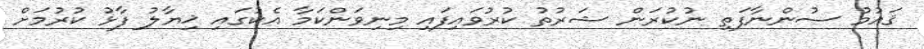
ޤައުމު ސުންނާފަތި ނުކުރަން ޝަރުތު ކުރުވައިފައި މިނިވަންކަމާ އެކުގައި ޚިޔާލު ފާޅު ކުރުމަށް